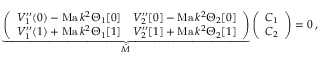
\underbrace { \left( \begin{array} { l l } { V _ { 1 } ^ { \prime \prime } ( 0 ) - \mathrm { M a } \, k ^ { 2 } \Theta _ { 1 } [ 0 ] } & { V _ { 2 } ^ { \prime \prime } [ 0 ] - \mathrm { M a } \, k ^ { 2 } \Theta _ { 2 } [ 0 ] } \\ { V _ { 1 } ^ { \prime \prime } ( 1 ) + \mathrm { M a } \, k ^ { 2 } \Theta _ { 1 } [ 1 ] } & { V _ { 2 } ^ { \prime \prime } [ 1 ] + \mathrm { M a } \, k ^ { 2 } \Theta _ { 2 } [ 1 ] } \end{array} \right) } _ { \hat { M } } \left( \begin{array} { l } { C _ { 1 } } \\ { C _ { 2 } } \end{array} \right) = 0 \, ,